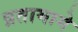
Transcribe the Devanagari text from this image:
व्रतामागे